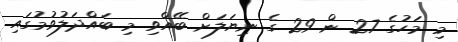
މި މަހުގެ 27 ން 29 ގެ ނިޔަލަށް ބޭއްވި މި ބައްދަލުވުމުގައި